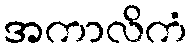
အကာလိကံ